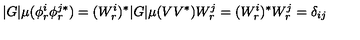
| G | \mu ( \phi _ { r } ^ { i } \phi _ { r } ^ { j * } ) = ( W _ { r } ^ { i } ) ^ { * } | G | \mu ( V V ^ { * } ) W _ { r } ^ { j } = ( W _ { r } ^ { i } ) ^ { * } W _ { r } ^ { j } = \delta _ { i j }